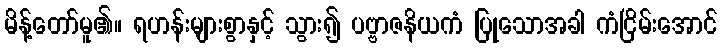
မိန့်တော်မူ၏။ ရဟန်းများစွာနှင့် သွား၍ ပဗ္ဗာဇနိယကံ ပြုသောအခါ ကံငြိမ်းအောင်